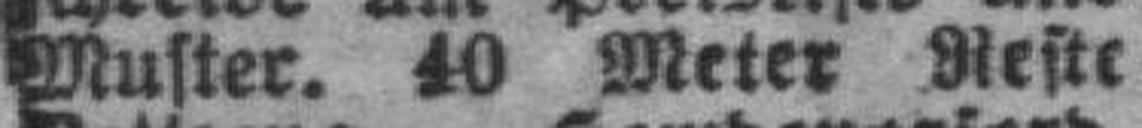
Muster. 10 Meter Reste